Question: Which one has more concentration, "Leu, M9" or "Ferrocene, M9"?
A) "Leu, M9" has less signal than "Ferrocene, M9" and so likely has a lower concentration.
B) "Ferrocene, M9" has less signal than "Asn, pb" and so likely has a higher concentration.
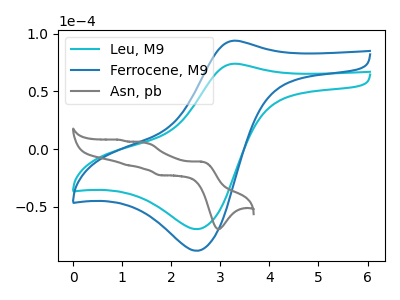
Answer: <think>The cyan curve "Leu, M9" has an anodic peak at (3.25V, 73.95uA) and a cathodic peak at (2.55V, -69.45uA). The blue curve "Ferrocene, M9" has an anodic peak at (3.25V, 93.90uA) and a cathodic peak at (2.55V, -88.20uA). The gray curve "Asn, pb" has anodic peaks at (2.60V, -10.90uA) (1.45V, 5.70uA) (1.10V, -14.00uA) (0.95V, 7.95uA) and cathodic peaks at (3.00V, -69.45uA) (1.75V, -22.70uA).
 All the peaks in "Leu, M9" have a peak in "Ferrocene, M9" at the same potential. Every peak in "Leu, M9" is lower than every peak in "Ferrocene, M9".</think>
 <answer>A) "Leu, M9" has less signal than "Ferrocene, M9" and so likely has a lower concentration.</answer>
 <eval>A</eval>